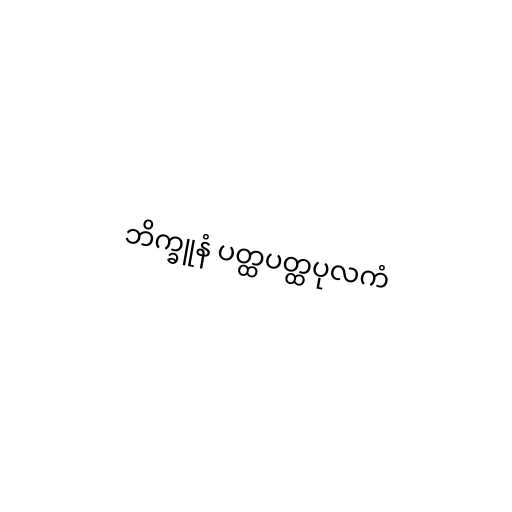
ဘိက္ခူနံ ပတ္ထပတ္ထပုလကံ